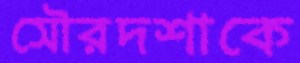
সৌরদশাকে